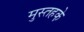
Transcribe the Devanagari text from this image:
मुस्तहके़